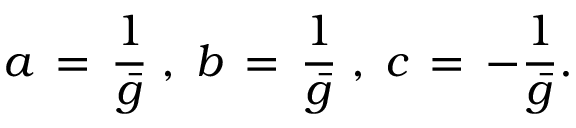
a \, = \, \frac { 1 } { \bar { g } } \; , \; b \, = \, \frac { 1 } { \bar { g } } \; , \; c \, = \, - \frac { 1 } { \bar { g } } .